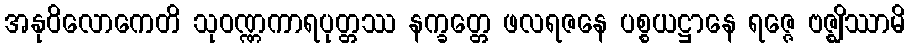
အနုဝိလောကေတိ သုဝဏ္ဏကာရပုတ္တဿ နက္ခတ္တေ ဖလရဇနေ ပစ္စယဋ္ဌာနေ ရဇ္ဇေ ဗဇ္ဈိဿာမိ